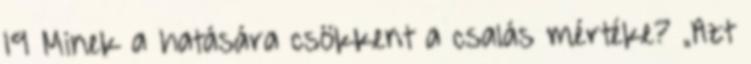
19 Minek a hatására csökkent a csalás mértéke? „Azt